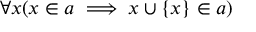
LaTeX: \forall x ( x \in a \implies x \cup \{ x \} \in a )